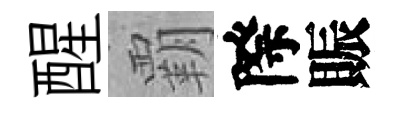
醒覇際賑